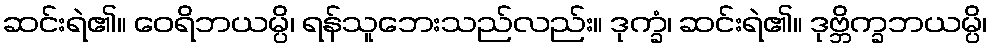
ဆင်းရဲ၏။ ဝေရိဘယမ္ပိ၊ ရန်သူဘေးသည်လည်း။ ဒုက္ခံ၊ ဆင်းရဲ၏။ ဒုဗ္ဘိက္ခဘယမ္ပိ၊